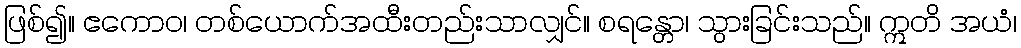
ဖြစ်၍။ ဧကောဝ၊ တစ်ယောက်အထီးတည်းသာလျှင်။ စရန္တော၊ သွားခြင်းသည်။ ဣတိ အယံ၊